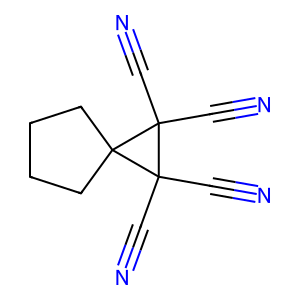
SMILES: N#CC1(C#N)C(C#N)(C#N)C12CCCC2
Inhibits HIV replication: No